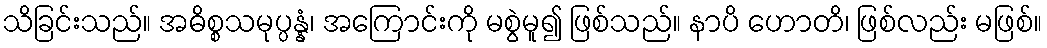
သိခြင်းသည်။ အဓိစ္စသမုပ္ပန္နံ၊ အကြောင်းကို မစွဲမူ၍ ဖြစ်သည်။ နာပိ ဟောတိ၊ ဖြစ်လည်း မဖြစ်။